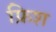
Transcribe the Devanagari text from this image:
फ्रिश